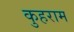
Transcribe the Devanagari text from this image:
कुहराम